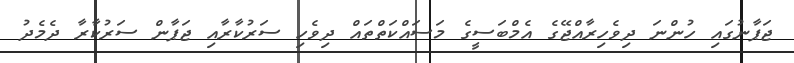
ޖަޕާނުގައި ހުންނަ ދިވެހިރާއްޖޭގެ އެމްބަސީގެ މަސައްކަތްތައް ދިވެހި ސަރުކާރާއި ޖަޕާން ސަރުކާރާ ދެމެދު